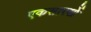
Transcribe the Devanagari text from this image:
एकसारखें